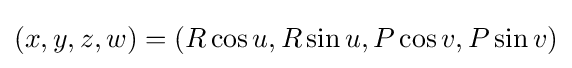
(x,y,z,w)=(R\cos u,R\sin u,P\cos v,P\sin v)